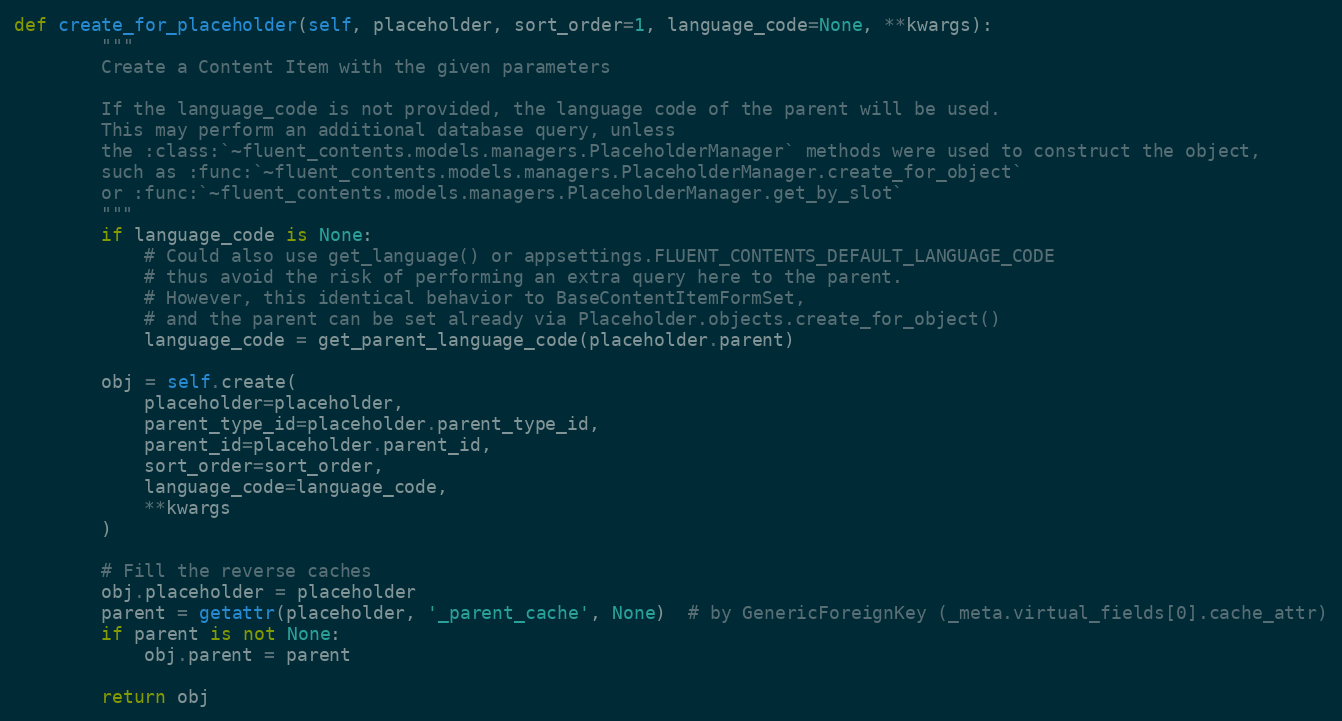
Language: Python
def create_for_placeholder(self, placeholder, sort_order=1, language_code=None, **kwargs):
        """
        Create a Content Item with the given parameters

        If the language_code is not provided, the language code of the parent will be used.
        This may perform an additional database query, unless
        the :class:`~fluent_contents.models.managers.PlaceholderManager` methods were used to construct the object,
        such as :func:`~fluent_contents.models.managers.PlaceholderManager.create_for_object`
        or :func:`~fluent_contents.models.managers.PlaceholderManager.get_by_slot`
        """
        if language_code is None:
            # Could also use get_language() or appsettings.FLUENT_CONTENTS_DEFAULT_LANGUAGE_CODE
            # thus avoid the risk of performing an extra query here to the parent.
            # However, this identical behavior to BaseContentItemFormSet,
            # and the parent can be set already via Placeholder.objects.create_for_object()
            language_code = get_parent_language_code(placeholder.parent)

        obj = self.create(
            placeholder=placeholder,
            parent_type_id=placeholder.parent_type_id,
            parent_id=placeholder.parent_id,
            sort_order=sort_order,
            language_code=language_code,
            **kwargs
        )

        # Fill the reverse caches
        obj.placeholder = placeholder
        parent = getattr(placeholder, '_parent_cache', None)  # by GenericForeignKey (_meta.virtual_fields[0].cache_attr)
        if parent is not None:
            obj.parent = parent

        return obj